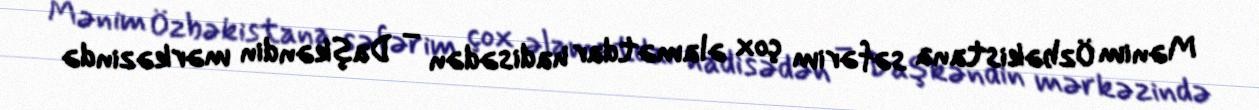
Mənim Özbəkistana səfərim çox əlamətdar hadisədən – Daşkəndin mərkəzində